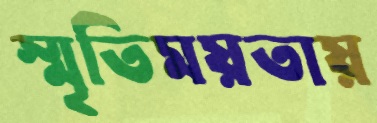
স্মৃতিময়তায়